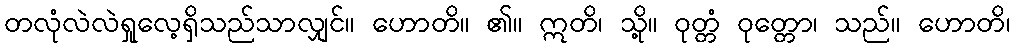
တလုံလဲလဲရှုလေ့ရှိသည်သာလျှင်။ ဟောတိ။ ၏။ ဣတိ၊ သို့။ ဝုတ္တံ ဝုတ္တော၊ သည်။ ဟောတိ၊